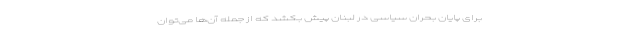
برای پایان بحران سیاسی در لبنان پیش بکشد که از جمله آن‌ها می‌توان